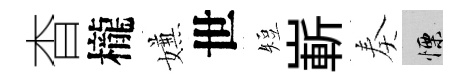
杳櫳嫌世短嶄奏慄